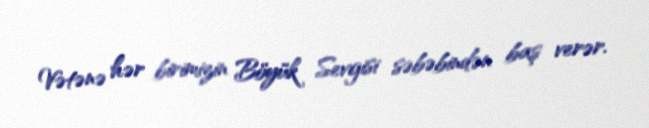
Vətənə hər birimizin Böyük Sevgisi səbəbindən baş verər.